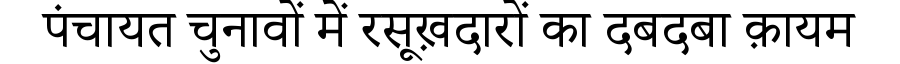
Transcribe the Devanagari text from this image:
पंचायत चुनावों में रसूख़दारों का दबदबा क़ायम